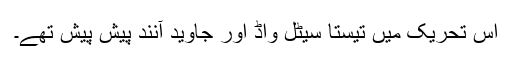
اس تحریک میں تیستا سیٹل واڈ اور جاوید آنند پیش پیش تھے۔